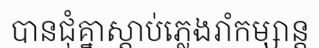
បានជុំគ្នាស្តាប់ភ្លេងរាំកម្សាន្ត